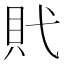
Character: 𧴰